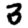
Digit: 3